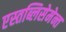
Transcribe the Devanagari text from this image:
एस्तब्लिसेमेन्त